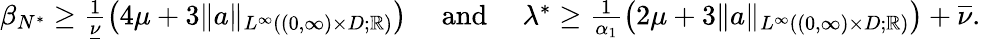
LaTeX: \begin{array}{r}{\beta_{N^{*}}\geq\frac{1}{\underline{{\nu}}}\left(4\mu+3\| a\| _{L^{\infty}((0,\infty)\times D;\mathbb{R})}\right)\quad\mathrm{~and~}\quad\lambda^{*}\geq\frac{1}{\alpha_{1}}\left(2\mu+3\| a\| _{L^{\infty}((0,\infty)\times D;\mathbb{R})}\right)+\overline{{\nu}}.}\end{array}